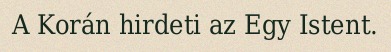
A Korán hirdeti az Egy Istent.